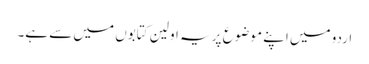
اردو میں اپنے موضوع پر یہ اولین کتابوں میں سے ہے۔